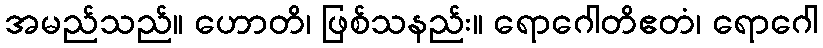
အမည်သည်။ ဟောတိ၊ ဖြစ်သနည်း။ ရောဂေါတိဧတံ၊ ရောဂေါ